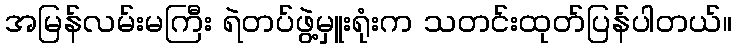
အမြန်လမ်းမကြီး ရဲတပ်ဖွဲ့မှူးရုံးက သတင်းထုတ်ပြန်ပါတယ်။